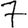
Digit: 7